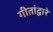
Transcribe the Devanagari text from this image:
गीतांद्वारे